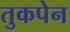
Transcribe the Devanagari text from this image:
तुकपेन